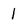
Character: I